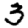
Digit: 3